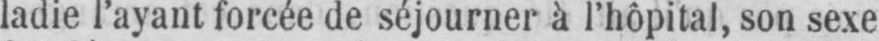
ladie l’ayant forcée de séjourner à l’hôpital, son sexe